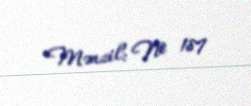
Mənzil: № 187